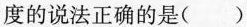
度的说法正确的是()